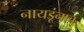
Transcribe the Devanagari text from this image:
नायडूंनाच